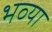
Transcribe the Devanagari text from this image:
भव्‍या